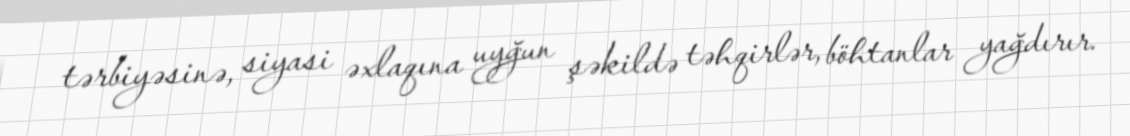
tərbiyəsinə, siyasi əxlaqına uyğun şəkildə təhqirlər, böhtanlar yağdırır.